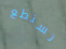
تستطع